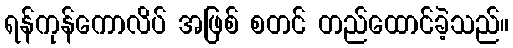
ရန်ကုန်ကောလိပ် အဖြစ် စတင် တည်ထောင်ခဲ့သည်။